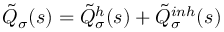
\tilde { Q } _ { \sigma } ( s ) = \tilde { Q } _ { \sigma } ^ { h } ( s ) + \tilde { Q } _ { \sigma } ^ { i n h } ( s )